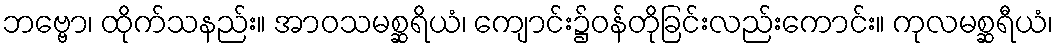
ဘဗ္ဗော၊ ထိုက်သနည်း။ အာဝသမစ္ဆရိယံ၊ ကျောင်း၌ဝန်တိုခြင်းလည်းကောင်း။ ကုလမစ္ဆရီယံ၊